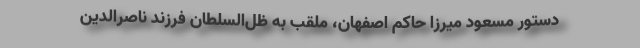
دستور مسعود میرزا حاکم اصفهان، ملقب به ظل‌السلطان فرزند ناصرالدین